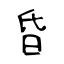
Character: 昏